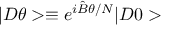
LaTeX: | D \theta > \equiv e ^ { i \hat { B } \theta / N } | D 0 >